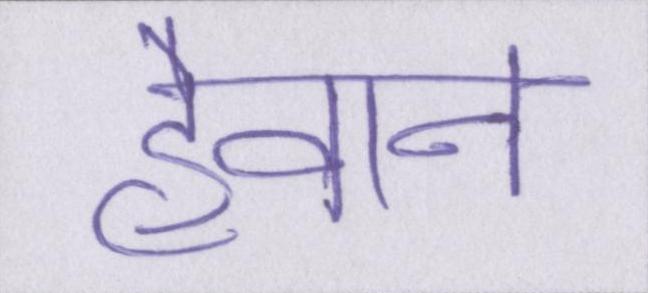
हैवान